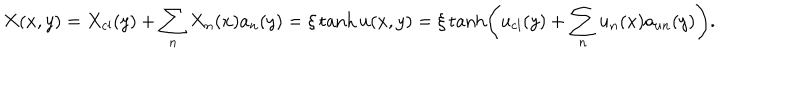
X ( x , y ) = X _ { \mathrm { c l } } ( y ) + \sum _ { n } X _ { n } ( x ) a _ { n } ( y ) = \xi \tanh u ( x , y ) = \xi \tanh \left( u _ { \mathrm { c l } } ( y ) + \sum _ { n } u _ { n } ( x ) a _ { u n } ( y ) \right) .